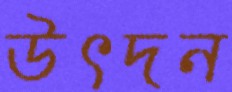
উৎদন